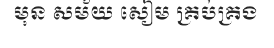
មុន សម័យ សៀម គ្រប់គ្រង